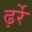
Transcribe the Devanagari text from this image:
ढ़र्रे